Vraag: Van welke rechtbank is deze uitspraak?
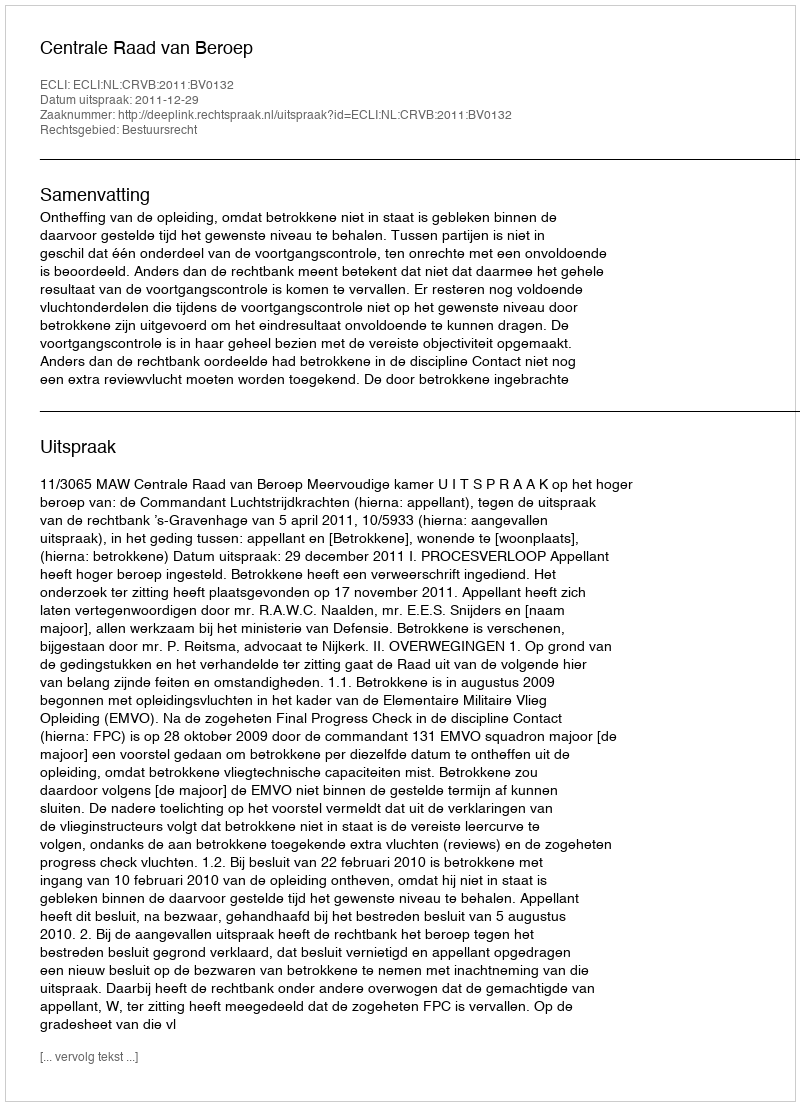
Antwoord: Centrale Raad van Beroep